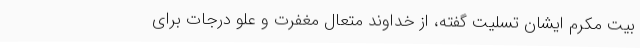
بیت مکرم ایشان تسلیت گفته، از خداوند متعال مغفرت و علو درجات برای